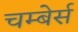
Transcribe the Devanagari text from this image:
चम्बेर्स